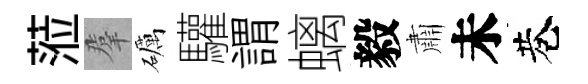
蒞羣礪驩謂螭毅肅未巷